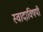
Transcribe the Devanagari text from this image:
स्वादाविषयीं